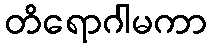
တိရောဂါမကာ